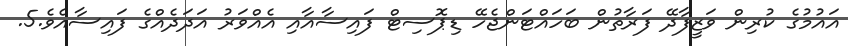
އައުމުގެ ކުރިން ވަޒީފާދޭ ފަރާތުން ބަހައްޓަންޖެހޭ ޑިޕޮސިޓް ފައިސާއާއި އެއްވަރު އަދަދެއްގެ ފައިސާއެވެ.5.